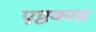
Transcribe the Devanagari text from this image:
पृष्ठकाग्र